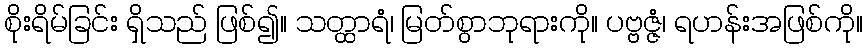
စိုးရိမ်ခြင်း ရှိသည် ဖြစ်၍။ သတ္ထာရံ၊ မြတ်စွာဘုရားကို။ ပဗ္ဗဇ္ဇံ၊ ရဟန်းအဖြစ်ကို။